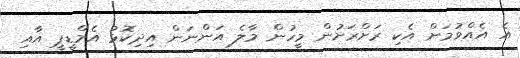
އެ އެއްވުމަށް އެކި ރަށްރަށުން މީހުން މާލެ އަންނަން އިދިކޮޅު އެމްޑީޕީ އާއި